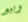
وبيع